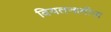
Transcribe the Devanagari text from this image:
वियतनामीज़